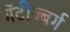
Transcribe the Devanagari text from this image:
गॅटीज़्बर्ग